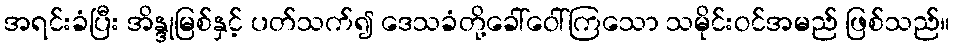
အရင်းခံပြီး အိန္ဒုမြစ်နှင့် ပတ်သက်၍ ဒေသခံတို့ခေါ်ဝေါ်ကြသော သမိုင်းဝင်အမည် ဖြစ်သည်။